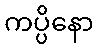
ကပ္ပိနော